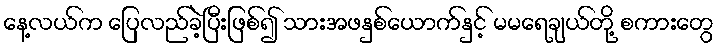
နေ့လယ်က ပြေလည်ခဲ့ပြီးဖြစ်၍ သားအဖနှစ်ယောက်နှင့် မမရေချယ်တို့ စကားတွေ